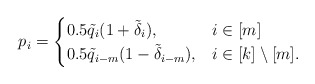
\begin{align*}p_i = \begin{cases} 0.5\tilde{q}_i(1 + \tilde{\delta}_i), & i \in [m] \\0.5\tilde{q}_{i-m}(1 - \tilde{\delta}_{i-m}), & i \in [k]\setminus [m]. \end{cases}\end{align*}